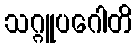
သဂ္ဂူပဂေါတိ